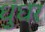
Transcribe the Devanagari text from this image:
धुंधर